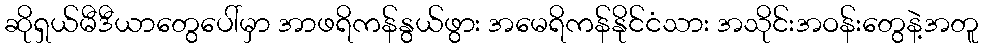
ဆိုရှယ်မီဒီယာတွေပေါ်မှာ အာဖရိကန်နွယ်ဖွား အမေရိကန်နိုင်ငံသား အသိုင်းအဝန်းတွေနဲ့အတူ